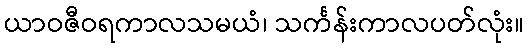
ယာဝဇီဝရကာလသမယံ၊ သင်္ကန်းကာလပတ်လုံး။